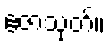
ဧဇာသုတ်။